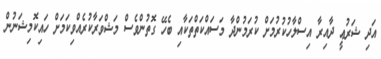
އަދި ޝަރުޢީ ދާއިރާ އިސްލާހުކުރުމަށް ކުރަމުންދާ މަސައްކަތްތަކާއި ބެހޭ ގޮތުންވެސް މަޝްވަރާކުރެއްވިކަމަށް ހައިކޮމިޝަނުން